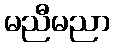
မညီမညာ